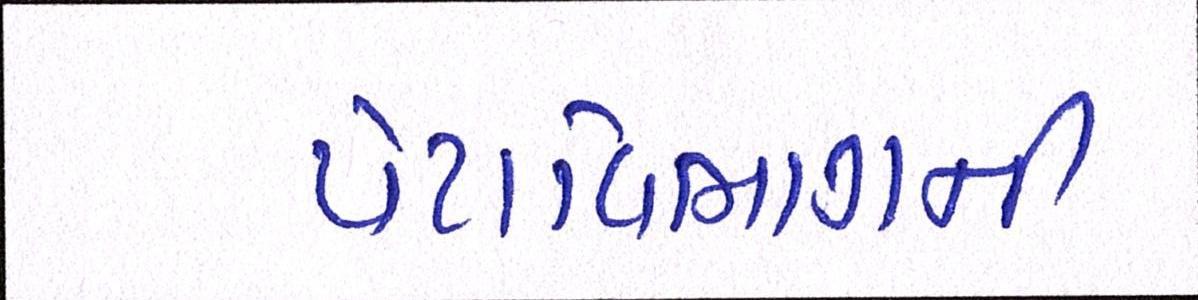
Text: પેટાવિભાગની